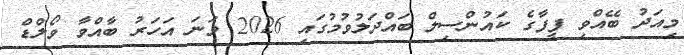
މިއަދު ބޭއްވި ފީފާގެ ކައުންސިލް ބައްދަލުވުމުގައި 2026 ވަނަ އަހަރު ބާއްވާ ވޯލްޑް